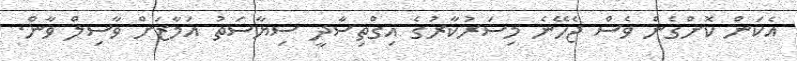
އެކަން ކޮށްގެން ވެސް ޖެހޭނެ މިސަރުކާރުގެ އިގްތިސާދީ ސިޔާސަތު އަމާޒަށް ވާސިލް ވާން.